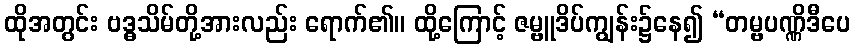
ထိုအတွင်း ဗဒ္ဓသိမ်တို့အားလည်း ရောက်၏။ ထို့ကြောင့် ဇမ္ဗူဒိပ်ကျွန်း၌နေ၍ “တမ္ဗပဏ္ဏိဒီပေ